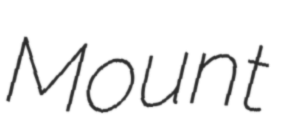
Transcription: Mount